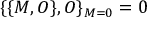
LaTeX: \{ \{ M , O \} , O \} _ { M = 0 } = 0